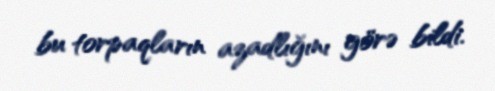
bu torpaqların azadlığını görə bildi.